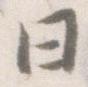
日